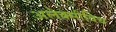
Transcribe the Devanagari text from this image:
अलेक्सीविच